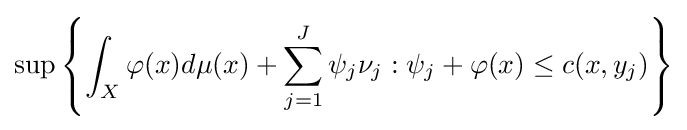
\sup \left\{\int _{X}\varphi (x)d\mu (x)+\sum _{j=1}^{J}\psi _{j}\nu _{j}:\psi _{j}+\varphi (x)\leq c(x,y_{j})\right\}